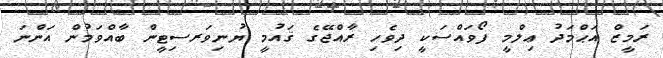
ރަމީޒް އަޙްމަދު ޢިލްމީ ފޯވައްސަކީ ދިވެހި ރާއްޖޭގެ ޤައުމީ ޔުނިވަރސިޓީން ބާއްވަމުން އަންނަ